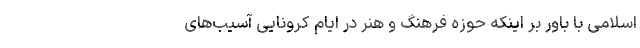
اسلامی با باور بر اینکه حوزه فرهنگ و هنر در ایام کرونایی آسیب‌های